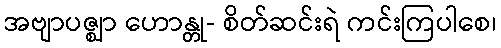
အဗျာပဇ္ဈာ ဟောန္တု- စိတ်ဆင်းရဲ ကင်းကြပါစေ၊